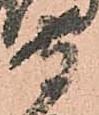
守